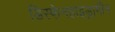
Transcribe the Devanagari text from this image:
डिस्फेनहाइड्रामीन